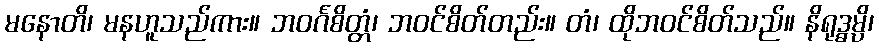
မနောတိ၊ မနဟူသည်ကား။ ဘဝင်္ဂစိတ္တံ၊ ဘဝင်စိတ်တည်း။ တံ၊ ထိုဘဝင်စိတ်သည်။ နိရုဒ္ဓမ္ပိ၊